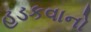
હડકવાનો